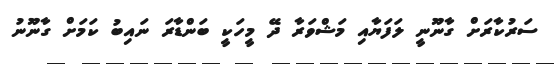
ސަރުކާރަށް ގާނޫނީ ލަފަޔާއި މަޝްވަރާ ދޭ މީހަކީ ބަންޑާރަ ނައިބު ކަމަށް ގާނޫނު